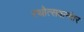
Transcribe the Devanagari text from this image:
रथोत्सवानंतर